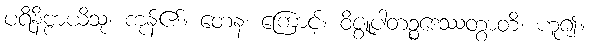
ပရိနိဗ္ဗာယိသု၊ ကုန်၏။ တေန၊ ကြောင့်။ ဝိဇ္စူပါတဉ္စဒေဿတွာတိ၊ ဟူ၍။